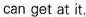
can get at it.